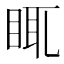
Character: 𥆍